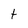
Character: t